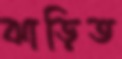
ঝাড়িত